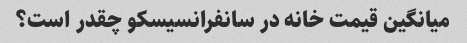
میانگین قیمت خانه در سانفرانسیسکو چقدر است؟